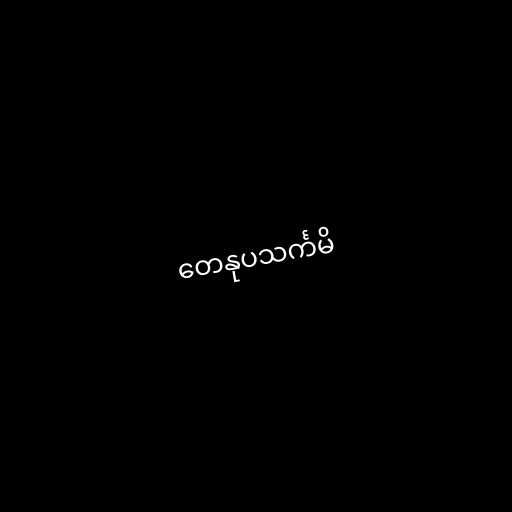
တေနုပသင်္ကမိ